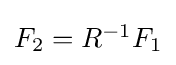
{\textstyle F_{2}=R^{-1}F_{1}}